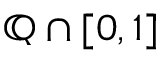
\mathbb { Q } \cap [ 0 , 1 ]